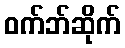
ဝက်ဘ်ဆိုက်